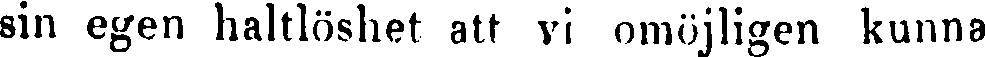
sin egen haltlöshet att vi omöjligen kunna